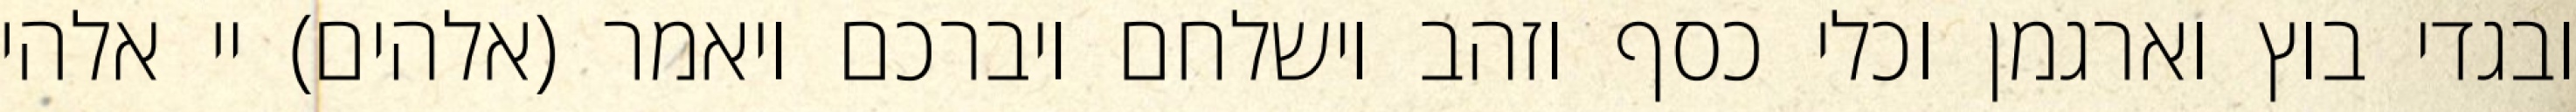
ובגדי בוץ וארגמן וכלי כסף וזהב וישלחם ויברכם ויאמר (אלהים) יי אלהי